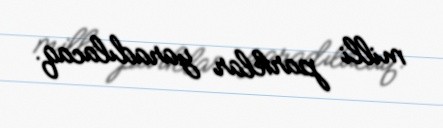
milli parklar yaradılacaq.